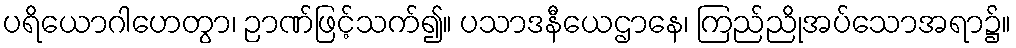
ပရိယောဂါဟေတွာ၊ ဉာဏ်ဖြင့်သက်၍။ ပသာဒနီယေဌာနေ၊ ကြည်ညိုအပ်သောအရာ၌။